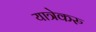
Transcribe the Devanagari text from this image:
यात्रेकरु